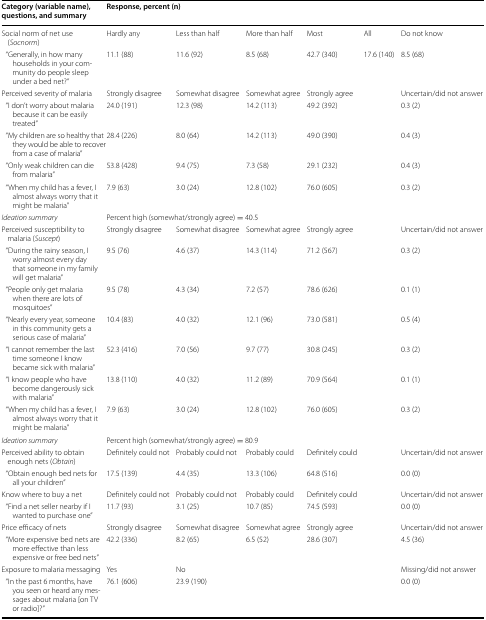
<table><thead><tr><td><b>Category (variable name), questions, and summary</b></td><td colspan="6"><b>Response, percent (n)</b></td></tr></thead><tbody><tr><td>Social norm of net use (<i>Socnorm</i>)</td><td>Hardly any</td><td>Less than half</td><td>More than half</td><td>Most</td><td>All</td><td>Do not know</td></tr><tr><td> “Generally, in how many households in your community do people sleep under a bed net?”</td><td>11.1 (88)</td><td>11.6 (92)</td><td>8.5 (68)</td><td>42.7 (340)</td><td>17.6 (140)</td><td>8.5 (68)</td></tr><tr><td>Perceived severity of malaria</td><td>Strongly disagree</td><td>Somewhat disagree</td><td>Somewhat agree</td><td>Strongly agree</td><td></td><td>Uncertain/did not answer</td></tr><tr><td> “I don’t worry about malaria because it can be easily treated”</td><td>24.0 (191)</td><td>12.3 (98)</td><td>14.2 (113)</td><td>49.2 (392)</td><td></td><td>0.3 (2)</td></tr><tr><td> “My children are so healthy that they would be able to recover from a case of malaria”</td><td>28.4 (226)</td><td>8.0 (64)</td><td>14.2 (113)</td><td>49.0 (390)</td><td></td><td>0.4 (3)</td></tr><tr><td> “Only weak children can die from malaria”</td><td>53.8 (428)</td><td>9.4 (75)</td><td>7.3 (58)</td><td>29.1 (232)</td><td></td><td>0.4 (3)</td></tr><tr><td> “When my child has a fever, I almost always worry that it might be malaria”</td><td>7.9 (63)</td><td>3.0 (24)</td><td>12.8 (102)</td><td>76.0 (605)</td><td></td><td>0.3 (2)</td></tr><tr><td><i>Ideation summary</i></td><td colspan="6">Percent high (somewhat/strongly agree) = 40.5</td></tr><tr><td>Perceived susceptibility to malaria (<i>Suscept</i>)</td><td>Strongly disagree</td><td>Somewhat disagree</td><td>Somewhat agree</td><td>Strongly agree</td><td></td><td>Uncertain/did not answer</td></tr><tr><td> “During the rainy season, I worry almost every day that someone in my family will get malaria”</td><td>9.5 (76)</td><td>4.6 (37)</td><td>14.3 (114)</td><td>71.2 (567)</td><td></td><td>0.3 (2)</td></tr><tr><td> “People only get malaria when there are lots of mosquitoes”</td><td>9.5 (78)</td><td>4.3 (34)</td><td>7.2 (57)</td><td>78.6 (626)</td><td></td><td>0.1 (1)</td></tr><tr><td> “Nearly every year, someone in this community gets a serious case of malaria”</td><td>10.4 (83)</td><td>4.0 (32)</td><td>12.1 (96)</td><td>73.0 (581)</td><td></td><td>0.5 (4)</td></tr><tr><td> “I cannot remember the last time someone I know became sick with malaria”</td><td>52.3 (416)</td><td>7.0 (56)</td><td>9.7 (77)</td><td>30.8 (245)</td><td></td><td>0.3 (2)</td></tr><tr><td> “I know people who have become dangerously sick with malaria”</td><td>13.8 (110)</td><td>4.0 (32)</td><td>11.2 (89)</td><td>70.9 (564)</td><td></td><td>0.1 (1)</td></tr><tr><td> “When my child has a fever, I almost always worry that it might be malaria”</td><td>7.9 (63)</td><td>3.0 (24)</td><td>12.8 (102)</td><td>76.0 (605)</td><td></td><td>0.3 (2)</td></tr><tr><td><i>Ideation summary</i></td><td colspan="6">Percent high (somewhat/strongly agree) = 80.9</td></tr><tr><td>Perceived ability to obtain enough nets (<i>Obtain</i>)</td><td>Definitely could not</td><td>Probably could not</td><td>Probably could</td><td>Definitely could</td><td></td><td>Uncertain/did not answer</td></tr><tr><td> “Obtain enough bed nets for all your children”</td><td>17.5 (139)</td><td>4.4 (35)</td><td>13.3 (106)</td><td>64.8 (516)</td><td></td><td>0.0 (0)</td></tr><tr><td>Know where to buy a net</td><td>Definitely could not</td><td>Probably could not</td><td>Probably could</td><td>Definitely could</td><td></td><td>Uncertain/did not answer</td></tr><tr><td> “Find a net seller nearby if I wanted to purchase one”</td><td>11.7 (93)</td><td>3.1 (25)</td><td>10.7 (85)</td><td>74.5 (593)</td><td></td><td>0.0 (0)</td></tr><tr><td>Price efficacy of nets</td><td>Strongly disagree</td><td>Somewhat disagree</td><td>Somewhat agree</td><td>Strongly agree</td><td></td><td>Uncertain/did not answer</td></tr><tr><td> “More expensive bed nets are more effective than less expensive or free bed nets”</td><td>42.2 (336)</td><td>8.2 (65)</td><td>6.5 (52)</td><td>28.6 (307)</td><td></td><td>4.5 (36)</td></tr><tr><td>Exposure to malaria messaging</td><td>Yes</td><td>No</td><td></td><td></td><td></td><td>Missing/did not answer</td></tr><tr><td> “In the past 6 months, have you seen or heard any messages about malaria [on TV or radio]?”</td><td>76.1 (606)</td><td>23.9 (190)</td><td></td><td></td><td></td><td>0.0 (0)</td></tr></tbody></table>